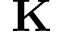
\mathbf { K }